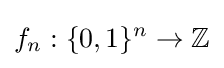
f_{n}:\{0,1\}^{n}\to \mathbb {Z}